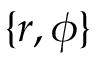
\{ r , \phi \}